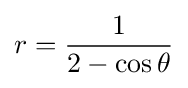
r={\frac {1}{2-\cos \theta }}